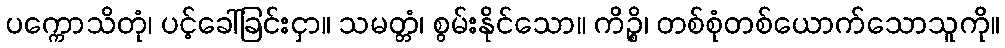
ပက္ကောသိတုံ၊ ပင့်ခေါ်ခြင်းငှာ။ သမတ္တံ၊ စွမ်းနိုင်သော။ ကိဉ္စိ၊ တစ်စုံတစ်ယောက်သောသူကို။